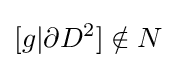
[g|\partial D^{2}]\notin N